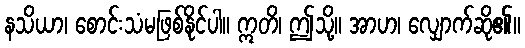
နသိယာ၊ စောင်းသံမဖြစ်နိုင်ပါ။ ဣတိ၊ ဤသို့။ အာဟ၊ လျှောက်ဆို၏။